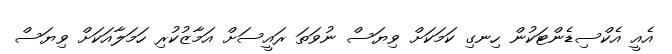
އެއީ އެކްސިޑެންޓަކުން ހިނގި ކަމަކަށް ވިޔަސް ނުވަތަ ރައީސަށް އަމާޒުކުރި ހަމަލާއަކަށް ވިޔަސް